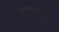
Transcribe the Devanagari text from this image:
लमक